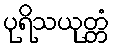
ပုရိသယုတ္တံ